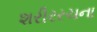
શરીરરચના